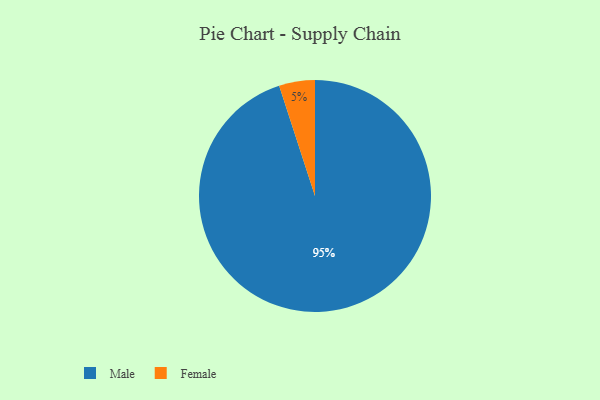
{"axis": {"x": "Category", "y": "Percentage"}, "legend": ["Female", "Male"], "data": [{"x": "Male", "y": 95, "type": "Male"}, {"x": "Female", "y": 5, "type": "Female"}]}